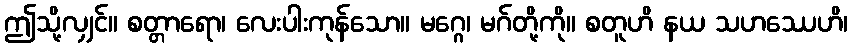
ဤသို့လျှင်။ စတ္တာရော၊ လေးပါးကုန်သော။ မဂ္ဂေ၊ မဂ်တို့ကို။ စတူဟိ နယ သဟဿေဟိ၊